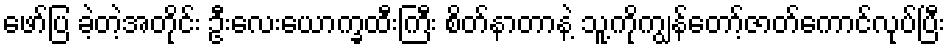
ဖော်ပြ ခဲ့တဲ့အတိုင်း ဦးလေးယောက္ခထီးကြီး စိတ်နာတာနဲ့ သူ့ကိုကျွန်တော့်ဇာတ်ကောင်လုပ်ပြီး